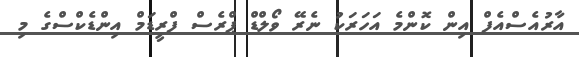
އާރުއެސްއެފް އިން ކޮންމެ އަހަރަކު ނެރޭ ވޯލްޑް ޕްރެސް ފްރީޑަމް އިންޑެކްސްގެ މި